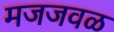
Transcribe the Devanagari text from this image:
मजजवळ